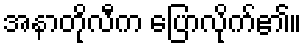
အနာတိုလီက ပြောလိုက်၏။